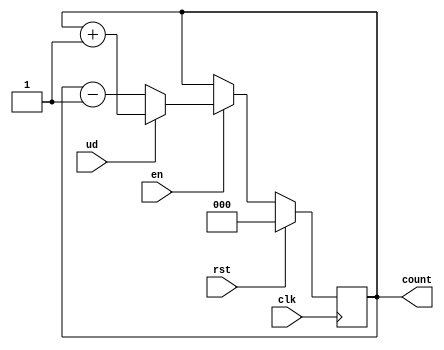
module updown(clk,rst,ud,en,count);
input clk,rst,ud,en;
output reg [2:0] count;

always@(posedge clk)
begin
if(rst)
count<=0;
else
if(en)
begin
if(ud)
count<=count+1;
else
count<=count-1;
end
end
endmodule